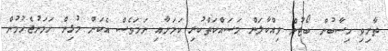
ތާށިވި ހިސާބުން ބޯޓުން ވިއްކާލަން މަސައްކަތްކުރި ކަމަށާއި ނަމަވެސް އެކަން މުޅިން ހަމަނުޖެހުމުން